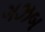
ગઝબ